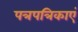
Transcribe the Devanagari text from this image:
पत्रपत्रिकाएं